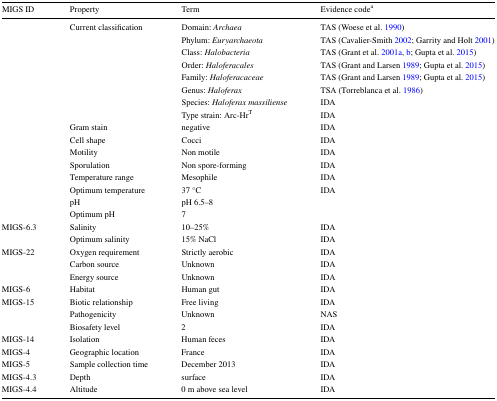
| MIGS ID | Property | Term | Evidence codea |
 | --- | --- | --- | --- |
 |  | Current classification | Domain: Archaea | TAS (Woese et al. 1990) |
 |  |  | Phylum: Euryarchaeota | TAS (Cavalier-Smith 2002; Garrity and Holt 2001) |
 |  |  | Class: Halobacteria | TAS (Grant et al. 2001a, b; Gupta et al. 2015) |
 |  |  | Order: Haloferacales | TAS (Grant and Larsen 1989; Gupta et al. 2015) |
 |  |  | Family: Haloferacaceae | TAS (Grant and Larsen 1989; Gupta et al. 2015) |
 |  |  | Genus: Haloferax | TSA (Torreblanca et al. 1986) |
 |  |  | Species: Haloferax massiliense | IDA |
 |  |  | Type strain: Arc-HrT | IDA |
 |  | Gram stain | negative | IDA |
 |  | Cell shape | Cocci | IDA |
 |  | Motility | Non motile | IDA |
 |  | Sporulation | Non spore-forming | IDA |
 |  | Temperature range | Mesophile | IDA |
 |  | Optimum temperature | 37 °C | IDA |
 |  | pH | pH 6.5–8 |  |
 |  | Optimum pH | 7 |  |
 | MIGS-6.3 | Salinity | 10–25% | IDA |
 |  | Optimum salinity | 15% NaCl | IDA |
 | MIGS-22 | Oxygen requirement | Strictly aerobic | IDA |
 |  | Carbon source | Unknown | IDA |
 |  | Energy source | Unknown | IDA |
 | MIGS-6 | Habitat | Human gut | IDA |
 | MIGS-15 | Biotic relationship | Free living | IDA |
 |  | Pathogenicity | Unknown | NAS |
 |  | Biosafety level | 2 | IDA |
 | MIGS-14 | Isolation | Human feces | IDA |
 | MIGS-4 | Geographic location | France | IDA |
 | MIGS-5 | Sample collection time | December 2013 | IDA |
 | MIGS-4.3 | Depth | surface | IDA |
 | MIGS-4.4 | Altitude | 0 m above sea level | IDA |